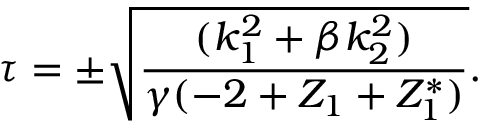
\tau = \pm \sqrt { \frac { ( k _ { 1 } ^ { 2 } + \beta k _ { 2 } ^ { 2 } ) } { \gamma ( - 2 + Z _ { 1 } + Z _ { 1 } ^ { * } ) } } .